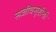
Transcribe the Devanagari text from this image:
सजीवसृष्टीची